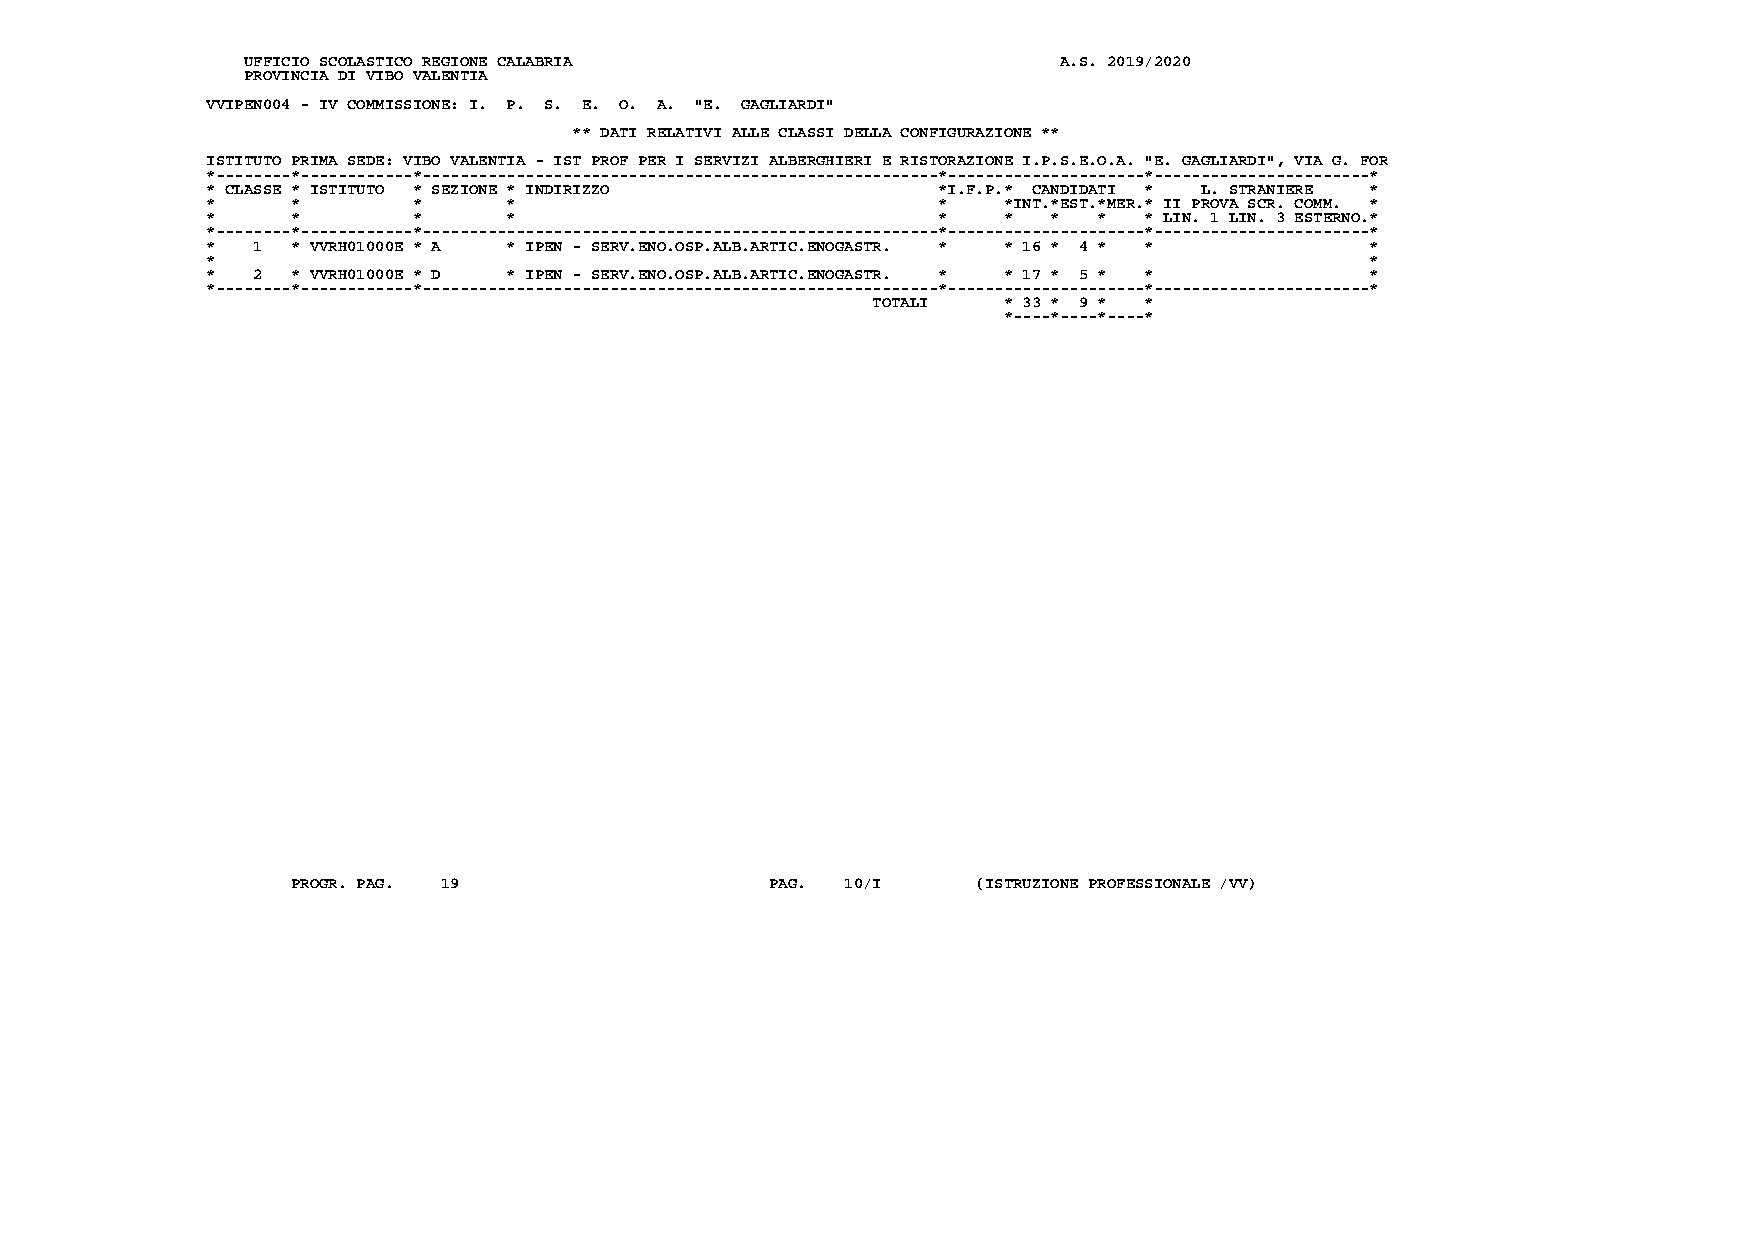
UFFICIO SCOLASTICO REGIONE CALABRIA                   A.S. 2019/2020
 PROVINCIA DI VIBO VALENTIA
 VVIPEN004 - IV COMMISSIONE: I. P. S. E. O. A. "E. GAGLIARDI"
 ** DATI RELATIVI ALLE CLASSI DELLA CONFIGURAZIONE **
 ISTITUTO PRIMA SEDE: VIBO VALENTIA - IST PROF PER I SERVIZI ALBERGHIERI E RISTORAZIONE I.P.S.E.O.A. "E. GAGLIARDI", VIA G. FOR
 *--------*------------*-------------------------------------------------------*---------------------*-----------------------*
 * CLASSE * ISTITUTO * SEZIONE * INDIRIZZO       *I.F.P.* CANDIDATI * L. STRANIERE *
 *    *       *      *                           *   *INT.*EST.*MER.* II PROVA SCR. COMM. *
 *    *       *      *                           *   *   *  *  * LIN. 1 LIN. 3 ESTERNO.*
 *--------*------------*-------------------------------------------------------*---------------------*-----------------------*
 *  1 * VVRH01000E * A * IPEN - SERV.ENO.OSP.ALB.ARTIC.ENOGASTR. * * 16 * 4 * * *
 *                                                                            *
 *  2 * VVRH01000E * D * IPEN - SERV.ENO.OSP.ALB.ARTIC.ENOGASTR. * * 17 * 5 * * *
 *--------*------------*-------------------------------------------------------*---------------------*-----------------------*
 TOTALI  * 33 * 9 * *
 *----*----*----*
 PROGR. PAG. 19                  PAG. 10/I     (ISTRUZIONE PROFESSIONALE /VV)